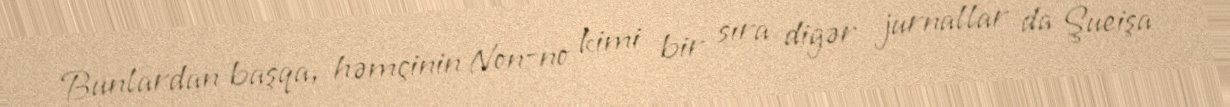
Bunlardan başqa, həmçinin Non-no kimi bir sıra digər jurnallar da Şueişa